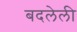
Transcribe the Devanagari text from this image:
बदलेली